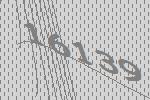
16139